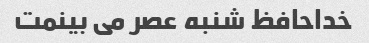
خداحافظ شنبه عصر می بینمت